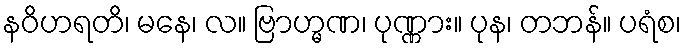
နဝိဟရတိ၊ မနေ၊ လ။ ဗြာဟ္မဏ၊ ပုဏ္ဏား။ ပုန၊ တဘန်။ ပရံစ၊